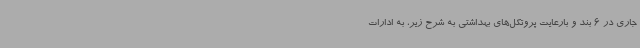
جاری در 6 بند و بارعایت پروتکل‌های بهداشتی به شرح زیر، به ادارات